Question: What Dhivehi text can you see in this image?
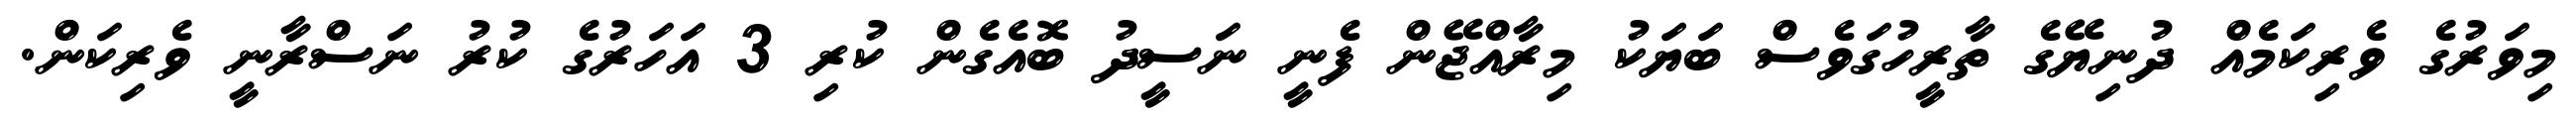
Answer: މިވަރުގެ ވެރިކަމެއް ދުނިޔޭގެ ތާރީހުގަވެސް ބަޔަކު މިރާއްޖޭން ފެނީ ނަސީދު ބޮއެގެން ކުރި 3 އަހަރުގެ ކުރު ނަސްރާނީ ވެރިކަން.